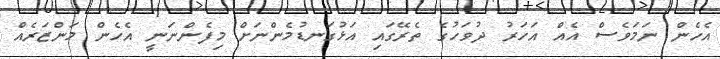
އެހެން ނަމަވެސް އެއް އަހަރު ދުވަހުގެ ތެރޭގައި އަޅުގަނޑުމެންނަށް މިފެންނަނީ އެހެން މަންޒަރެއް